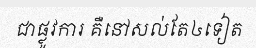
ជាផ្លូវការ គឺនៅសល់តែ៤ទៀត